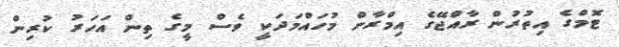
ޓޮމްގެ އިތުރުން ރާއްޖޭގެ އިމްރާން މުހައްމަދަކީ ވެސް މީގެ ތިން އަހަރު ކުރިން